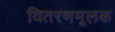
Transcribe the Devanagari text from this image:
वितरणमूलक